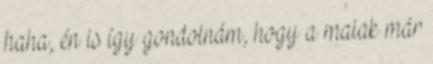
haha, én is így gondolnám, hogy a maiak már